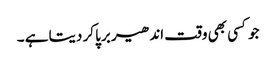
جو کسی بھی وقت اندھیر برپا کر دیتا ہے ۔